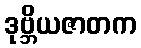
ဒုဗ္ဘိယဇာတက